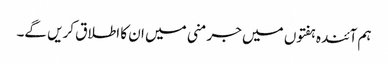
ہم آئندہ ہفتوں میں جرمنی میں ان کا اطلاق کریں گے۔